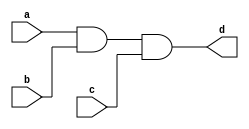
module and3(a,b,c,d);
	input a,b,c;
	output d;
	assign d = a&b&c;
endmodule